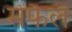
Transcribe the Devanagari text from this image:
मेंफैल